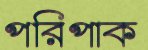
পরিপাক